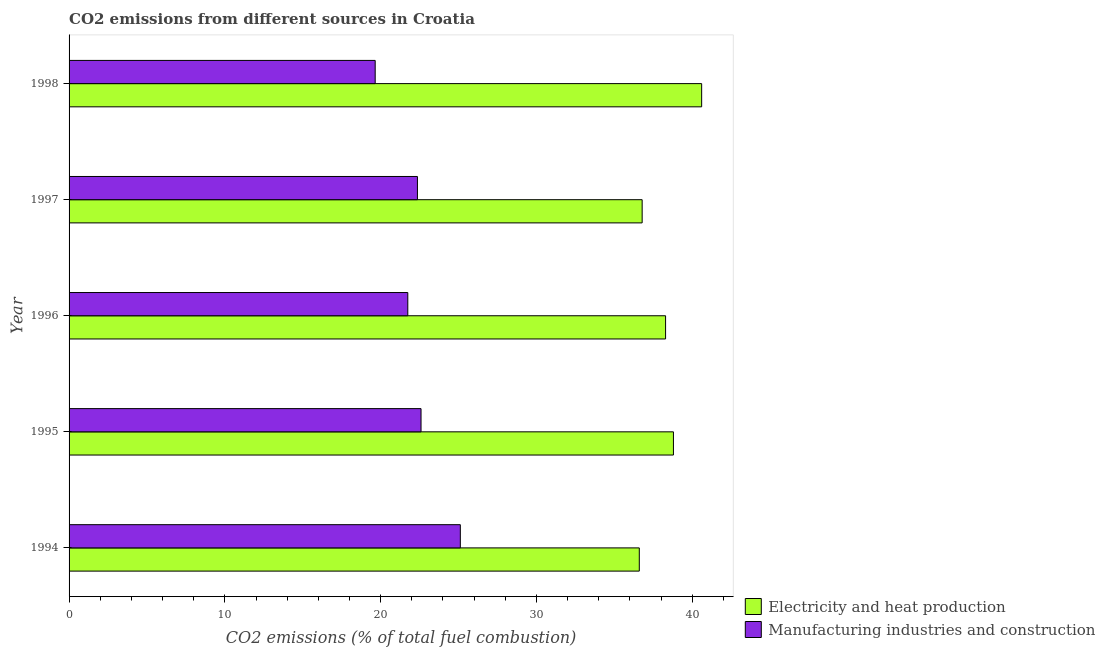
| Year | Electricity and heat production | Manufacturing industries and construction |
 | --- | --- | --- |
 | 1994 | 36.6 | 25.1 |
 | 1995 | 38.8 | 22.6 |
 | 1996 | 38.3 | 21.7 |
 | 1997 | 36.8 | 22.4 |
 | 1998 | 40.6 | 19.7 |